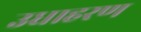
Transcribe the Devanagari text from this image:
उधाहरण